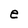
Character: e